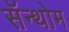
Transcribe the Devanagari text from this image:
सॅन्थोम